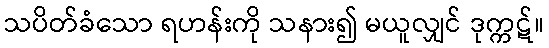
သပိတ်ခံသော ရဟန်းကို သနား၍ မယူလျှင် ဒုက္ကဋ်။